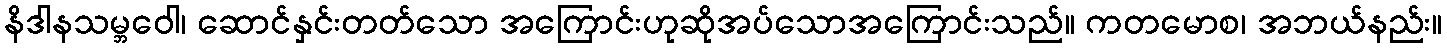
နိဒါနသမ္ဘဝေါ၊ ဆောင်နှင်းတတ်သော အကြောင်းဟုဆိုအပ်သောအကြောင်းသည်။ ကတမောစ၊ အဘယ်နည်း။